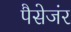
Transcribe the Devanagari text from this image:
पैसेजंर